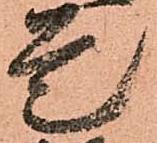
是